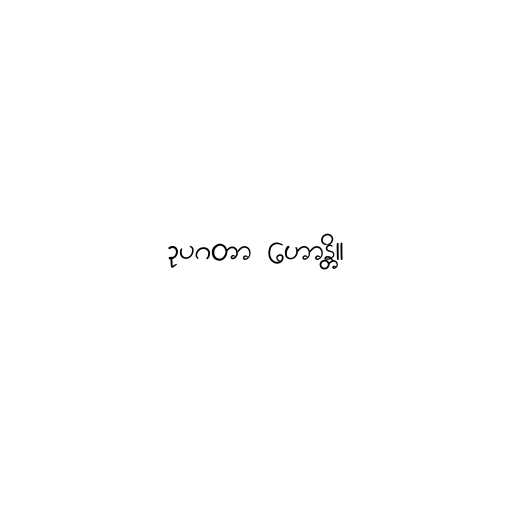
ဥပဂတာ ဟောန္တိ။